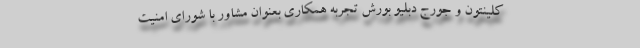
کلینتون و جورج دبلیو بورش تجربه همکاری بعنوان مشاور با شورای امنیت